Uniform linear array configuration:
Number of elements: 48
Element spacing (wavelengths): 0.25
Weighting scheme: exponential
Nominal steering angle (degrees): -60
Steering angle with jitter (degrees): -60.465
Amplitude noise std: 0.05
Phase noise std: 0.05

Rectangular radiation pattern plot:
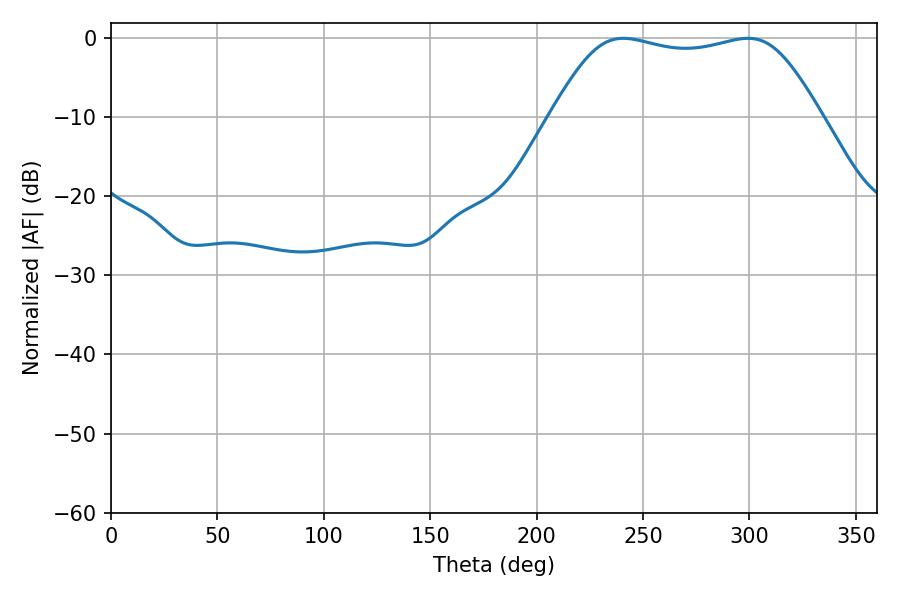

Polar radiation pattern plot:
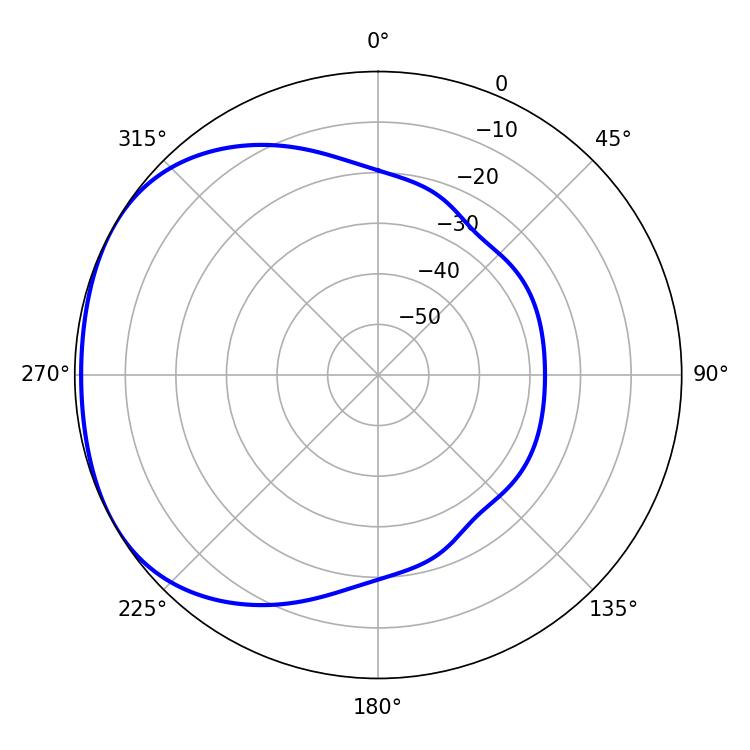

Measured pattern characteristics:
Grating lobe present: FALSE
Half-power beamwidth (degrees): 96.12
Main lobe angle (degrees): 240.66